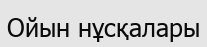
Ойын нұсқалары